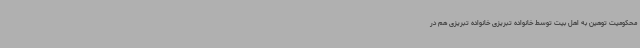
محکومیت توهین به اهل بیت توسط خانواده تبریزی خانواده تبریزی هم در